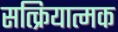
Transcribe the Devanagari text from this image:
सत्क्रियात्मक